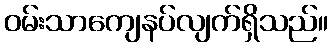
ဝမ်းသာကျေနပ်လျက်ရှိသည်။